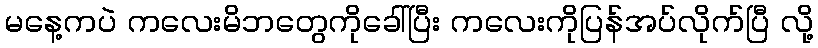
မနေ့ကပဲ ကလေးမိဘတွေကိုခေါ်ပြီး ကလေးကိုပြန်အပ်လိုက်ပြီ လို့